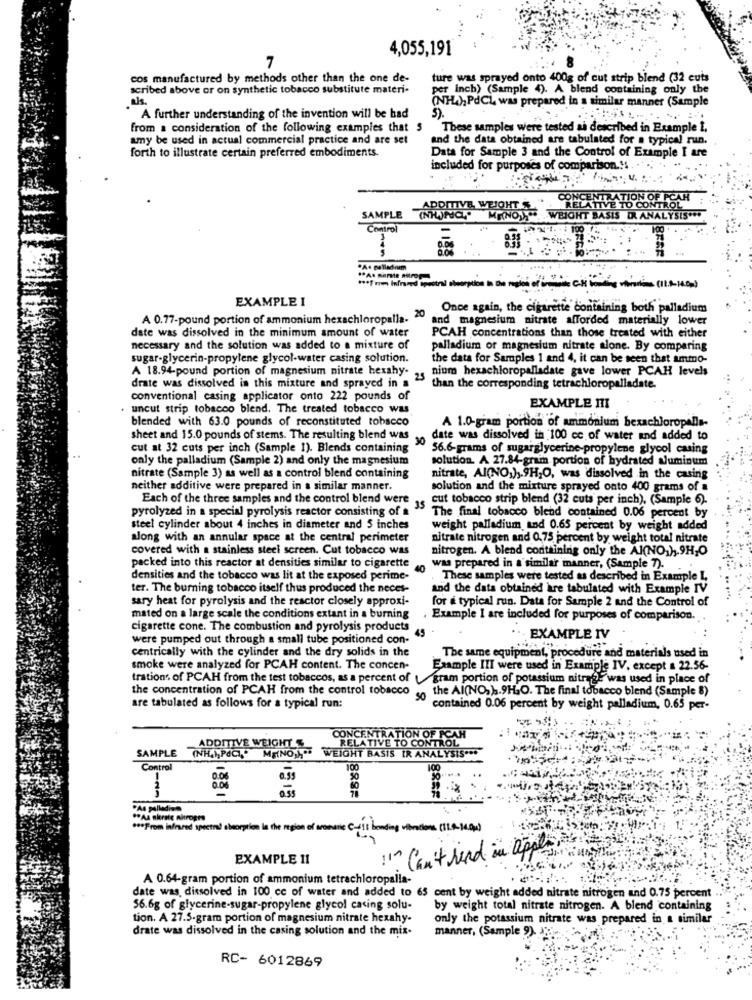
4,055,191
7
cos manufactured by methods other than the one de-
ture was sprayed onto 400g of cut strip blend (32 cuts
scribed above or on synthetic tobacco substitute materi-
per inch) (Sample 4). A blend containing only the
als .
(NH), PdCL was prepared in a similar manner (Sample
A further understanding of the invention will be had
5).
from a consideration of the following examples that 5
These samples were tested ai described in Example i.
amy be used in actual commercial practice and are set
and the data obtained are tabulated for a typical run.
Data for Sample 3 and the Control of Example I are
forth to illustrate certain preferred embodiments.
included for purposes of comparison .!!
....
TION OF PCAH
ITIVE WE!
RELATIVE TO CONTROL
SAMPLE
WEIGHT BASIS DR ANALYSIS ***
Control
BRE
.A+ palladium
*** 1 mm Inframed tpo
EXAMPLE I
20
Once again, the cigarette Containing both palladium
A 0.77-pound portion of ammonium hexachloropalla-
and magnesium nitrate afforded materially lower
date was dissolved in the minimum amount of water
PCAH concentrations than those treated with either
necessary and the solution was added to a mixture of
palladium or magnesium nitrate alone. By comparing
sugar-glycerin-propylene glycol-water casing solution.
the data for Samples 1 and 4, it can be seen that ammo-
A 18.94-pound portion of magnesium nitrate hexahy-
nium hexachloropalladate gave lower PCAH levels
25
drate was dissolved in this mixture and sprayed in a
than the corresponding tetrachloropalladate.
conventional casing applicator onto 222 pounds of
. uncut strip tobacco blend. The treated tobacco was
EXAMPLE ITI
blended with 63.0 pounds of reconstituted tobacco
A 1.0-gram portion of ammonium bexachloropelle-
sheet and 15.0 pounds of stems. The resulting blend was
30
date was dissolved in 100 cc of water and added to
cut at 32 cuts per inch (Sample 1). Blends containing
56.6-grams of sugarglycerine-propylene glycol casing
only the palladium (Sample 2) and only the magnesium
solution. A 27.84-gram portion of hydrated aluminum
nitrate (Sample 3) as well as a control blend containing
nitrate, AI(NO,) ,. 9H,O, was dissolved in the casing
neither additive were prepared in a similar manner.
solution and the mixture sprayed onto 400 grams of a
Each of the three samples and the control blend were
cut tobacco strip blend (32 cuts per inch), (Sample 6).
pyrolyzed in a special pyrolysis reactor consisting of a
The final tobacco blend contained 0.06 percent by
steel cylinder about 4 inches in diameter and 5 inches
weight palladium and 0.65 percent by weight added
along with an annular space at the central perimeter
nitrate nitrogen and 0,75 percent by weight total nitrate
covered with a stainless steel screen. Cut tobacco was
nitrogen. A blend containing only the Al(NO ), 9H,O
packed into this reactor at densities similar to cigarette
40
was prepared in a similar manner, (Sample 7).
densities and the tobacco was lit at the exposed perime-
. These samples were tested as described in Example I,
ter. The burning tobacco itself thus produced the neces-
and the data obtained are tabulated with Example IV
sary heat for pyrolysis and the reactor closely approxi-
for a typical run. Data for Sample 2 and the Control of
mated on a large scale the conditions extant in a burning
. Example I are included for purposes of comparison.
cigarette cone. The combustion and pyrolysis products
45
were pumped out through a small tube positioned con-
EXAMPLE IV
centrically with the cylinder and the dry solids in the
The same equipment, procedure and materials used in
smoke were analyzed for PCAH content. The concen-
Example III were used in Example IV, except a 22.56-
trations of PCAH from the test tobaccos, as a percent of /gram portion of potassium nitros was used in place of
the concentration of PCAH from the control tobacco
the Al(NO, )s.9H.O. The final tobacco blend (Sample 8)
are tabulated as follows for a typical run:
contained 0.06 percent by weight palladium, 0.65 per-
CONCENTRATION OF PCAH
RELATIVE TO CONTROL
SAMPLE (NHO,POCI ,. M.(NO,h ** WEIGHT BASIS IR ANALYSIS ...
ADDITIVE WEIGHT S
Control
100
100
8.55
0.55
·As palladino
" From bland spend absorption in the region of aromatic C-115 bonding vibrations. (120-100g)
EXAMPLE 11
Can't find in appli
A 0.64-gram portion of ammonium tetrachloropalla-
date was dissolved in 100 cc of water and added to 65 cent by weight added nitrate nitrogen and 0.75 percent
56.6g of glycerine-sugar-propylene glycol casing solu-
by weight total nitrate nitrogen. A blend containing
tion. A 27.5-gram portion of magnesium nitrate hexahy-
only the potassium nitrate was prepared in a similar
drate was dissolved in the casing solution and the mix-
manner, (Sample 9).
RC- 6012869